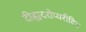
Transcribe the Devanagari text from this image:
दीह्यदरोप्यरीदिन